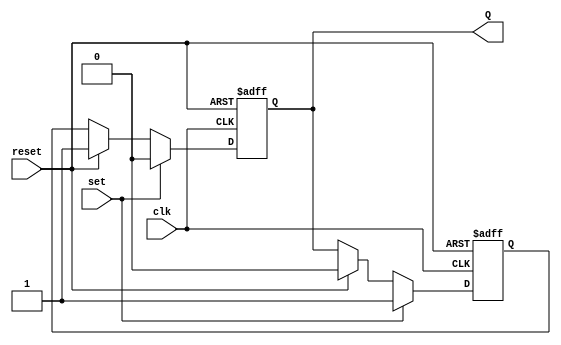
module sr_flipflop (
    input wire clk,
    input wire reset,
    input wire set,
    output reg Q
);

reg D1, D2;

always @(posedge clk or posedge reset) begin
    if (reset) begin
        D1 <= 1'b0;
        D2 <= 1'b0;
    end else begin
        if (set) begin
            D1 <= 1'b1;
            D2 <= 1'b0;
        end else if (reset) begin
            D1 <= 1'b0;
            D2 <= 1'b1;
        end else begin
            D1 <= Q;
            D2 <= D1;
        end
    end
end

assign Q = D2;

endmodule